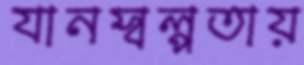
যানস্বল্পতায়